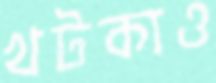
খটকাও